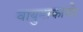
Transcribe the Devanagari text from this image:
वायुमाकाशे।